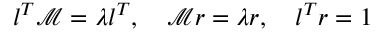
\boldsymbol { l } ^ { T } \mathcal { M } = \lambda \boldsymbol { l } ^ { T } , \quad \mathcal { M } \boldsymbol { r } = \lambda \boldsymbol { r } , \quad \boldsymbol { l } ^ { T } \boldsymbol { r } = 1